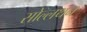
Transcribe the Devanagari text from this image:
सोल्लथन